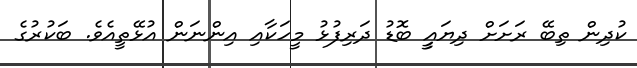
ކުދިން ތިބޭ ރަށަށް ދިޔައީީ ބޮޑު ދަރިފުޅު މީހަކާއި އިންނަން އުޅޭތީއެވެ. ބަކުރުގެ